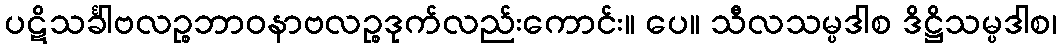
ပဋိသင်္ခါဗလဉ္စဘာဝနာဗလဉ္စဒုက်လည်းကောင်း။ ပေ။ သီလသမ္ပဒါစ ဒိဋ္ဌိသမ္ပဒါစ၊